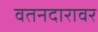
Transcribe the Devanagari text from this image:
वतनदारावर